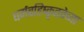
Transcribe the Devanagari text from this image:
धर्मबहिष्कृततेच्या